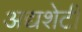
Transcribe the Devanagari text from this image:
अद्यशेटी